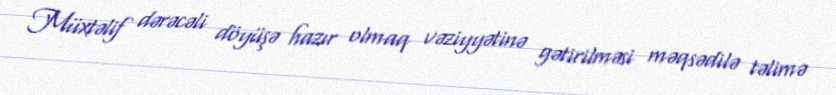
Müxtəlif dərəcəli döyüşə hazır olmaq vəziyyətinə gətirilməsi məqsədilə təlimə